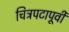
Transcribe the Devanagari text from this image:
चित्रपटापूर्वी